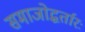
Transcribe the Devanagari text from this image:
समाजोद्धर्तारः